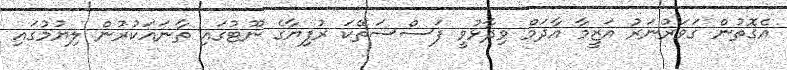
އެގޮތުން ގަވަރުނަރު އަޒީމާ އާދަމް ވިދާޅުވީ ފަސްސަތޭކަ ރުފިޔާގެ ނޫޓުގައި ތާނައަކުރުން ލިޔުމުގައި